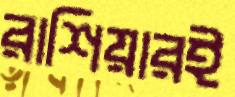
রাশিয়ারই